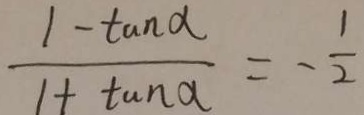
\frac { 1 - \tan \alpha } { 1 + \tan \alpha } = - \frac { 1 } { 2 }